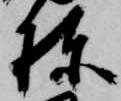
棟